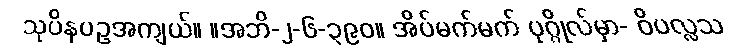
သုပိနပဥအကျယ်။ ။အဘိ-၂-၆-၃၉၀။ အိပ်မက်မက် ပုဂ္ဂိုလ်မှာ- ဝိပလ္လသ